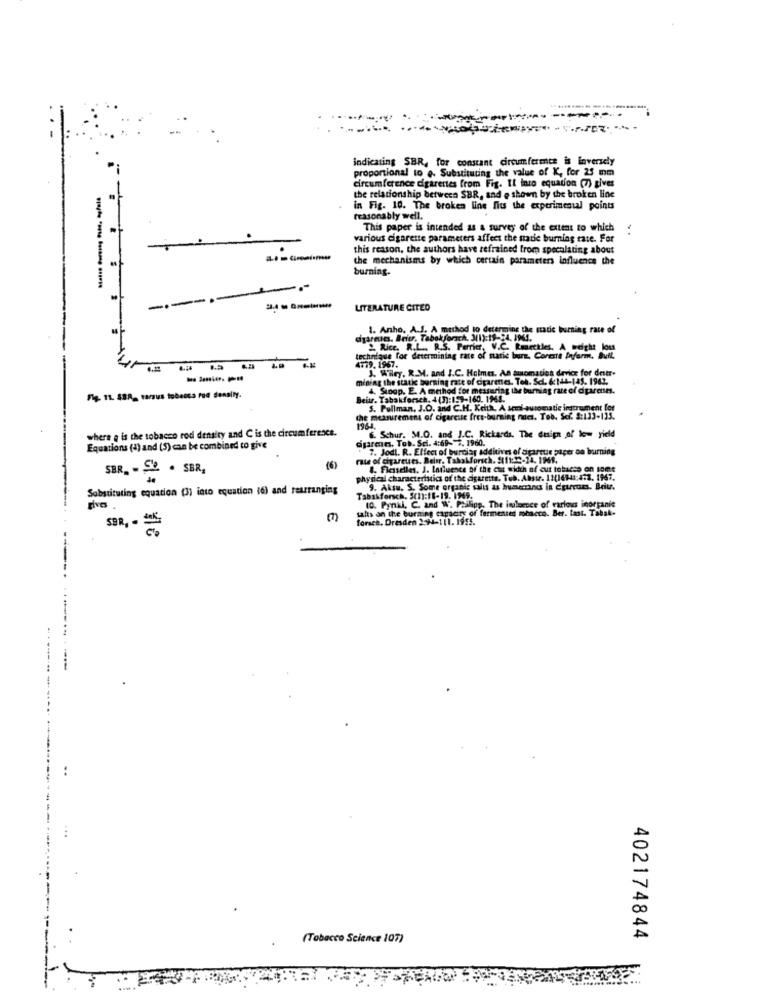
indicating SBR, for constant circumference is inversely
proportional to e. Substituting the value of K, for 25 mm
circumference cigarettes from Fig. It into equation (7) gives
the relationship between SBR, and e shown by the broken line
in Fig. 10. The broken line fits the experimental points
reasonably well.
This paper is intended as a survey of the extent to which
various cigarette parameters affect the nadie burning rate. For
this reason, the authors have refrained from speculating about
the mechanisms by which certain parameters Influence the
burning.
-
LITERATURE CITED
1. Anho, A.S. A method to determine the matic burning race of
diyarmuscs. Beitr. Tabokforsch. 3(1):19-24. IMJ.
Rice. R.L. R.S. Perrier, V.C. Rmeckles. A seth lou
technique for determining rate of marie bure. Coreste byferm. Buil.
0-14
4779. 1967.
J. Wiley, R.M. and J.C. Holmes. An amomation device for deser-
mining the static burning rate of cigarenes. Tob. Scl. 6144-145. 1962,
4. Siogp. E. A method for measuring the burning rate of cigarettes.
Fig. 11. 488- tarsus tobecca rod density.
Beitr. Tabakforsch. 4(1):159-160. 1964.
5. Pullman, J.O. and C.H. Keith, A semi automatic instrument for
the measurement of cigarcute fres-burning rates. Tob. Sef. 2:133-133.
where e is the tobacco rod density and C is the circumference.
1964
digaran. Tob. Sci. 4:69- 2, 1960.
6. Schur. M4.0. and J.C. Rickards. The design of low yield
Equations (1) and (5) can be combined to give
7. Jodl. R. Effect of burci
effect of burcioy additives of cigarquie paper on burning
rate of cigarettes. Belir, TakoMorsch. $(11:12-24. 199.
SBR. - Se. . SER,
8. Flesselles. J. Influence of the cus width of cut tobacss on some
physical characteristics of the cigarette. Tub. Absur. 11(16141:473. 1967.
Substituting equation (3) into equation 16) and rearranging
9. Aksu, S. Some organic salis as humecrancs in Egurrocs. Beitr.
Tabakforsch. 5(1):18-19. 1969.
gives
salts on the burning capacity of fermented tobacco. Ber. tast. Tabak-
10. Pynil, C. and W. Philipp, The imleence of various inorganic
forsch. Dresden 2524-111. 1955.
SBR, -
---
(Tobacco Science 107)
402174844